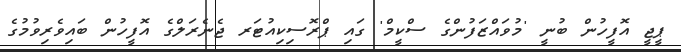
ޕީޖީ އޮފީހުން ބުނީ 'މުވައްޒަފުންގެ ސްކީމް' ގައި ޕްރޮސިކިއުޓަރ ޖެނެރަލްގެ އޮފީހުން ބައިވެރިވުމުގެ